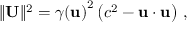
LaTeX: \| \mathbf { U } \| ^ { 2 } = { \gamma ( \mathbf { u } ) } ^ { 2 } \left( c ^ { 2 } - \mathbf { u } \cdot \mathbf { u } \right) \, ,